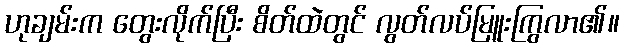
ဟုချမ်းက တွေးလိုက်ပြီး စိတ်ထဲတွင် လွတ်လပ်မြူးကြွလာ၏။